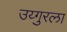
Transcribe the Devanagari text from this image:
उय्गुरला